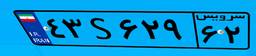
۴۳S۶۲۹۶۲